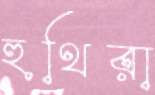
হুথিরা